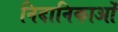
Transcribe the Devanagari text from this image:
निदानिकाओं